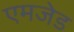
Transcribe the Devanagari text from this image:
एमजेड